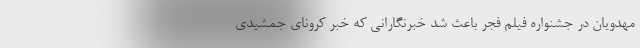
مهدویان در جشنواره فیلم فجر باعث شد خبرنگارانی که خبر کرونای جمشیدی